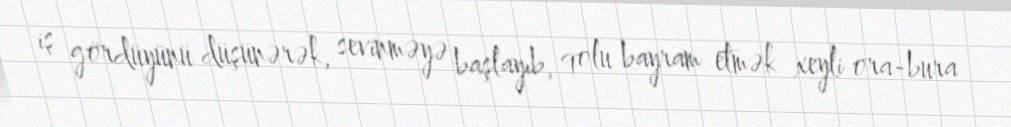
iş gördüyünü düşünərək, sevinməyə başlayıb, qolu bayram etmək xeyli ora-bura